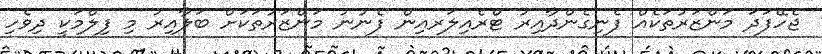
ޖެހޭފަދަ މަންޒަރުތަކެއް ފެނިގެންދާއިރު ޓްރެއިލަރއިން ފެނުނު މަންޒަރުތަކަށް ބަލާއިރު މި ފިލްމަކީ ދިވެހި